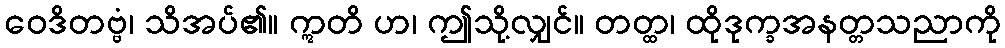
ဝေဒိတဗ္ဗံ၊ သိအပ်၏။ ဣတိ ဟ၊ ဤသို့လျှင်။ တတ္ထ၊ ထိုဒုက္ခအနတ္တသညာကို